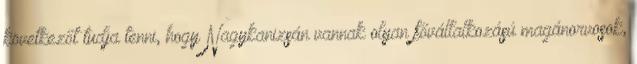
következőt tudja tenni, hogy Nagykanizsán vannak olyan fővállalkozású magánorvosok,